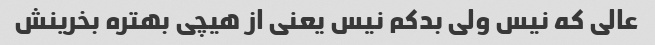
عالی که نیس ولی بدکم نیس یعنی از هیچی بهتره بخرینش